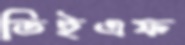
ডিইএফ